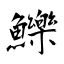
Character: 鱳